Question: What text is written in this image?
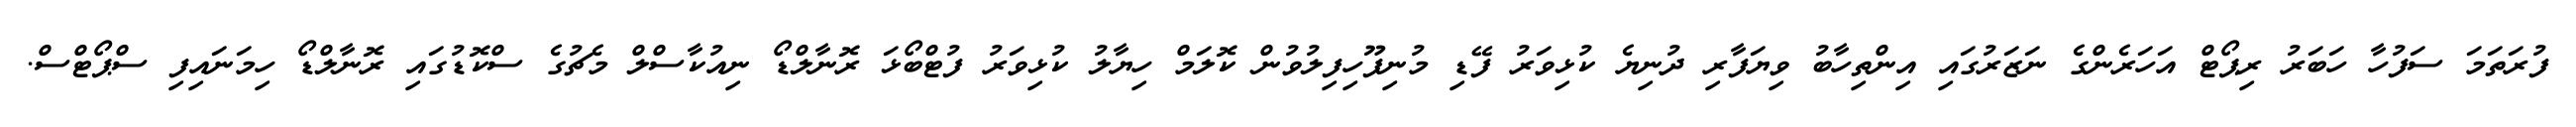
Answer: ފުރަތަމަ ސަފުހާ ހަބަރު ރިޕޯޓް އަހަރެންގެ ނަޒަރުގައި އިންތިހާބު ވިޔަފާރި ދުނިޔެ ކުޅިވަރު ފޭޑި މުނިފޫހިފިލުވުން ކޮލަމް ހިޔާލު ކުޅިވަރު ފުޓްބޯޅަ ރޮނާލްޑޯ ނިއުކާސްލް މެޗުގެ ސްކޮޑުގައި ރޮނާލްޑޯ ހިމަނައިފި ސްޕޯޓްސް.